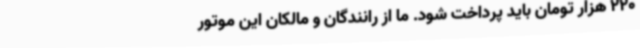
220 هزار تومان باید پرداخت شود. ما از رانندگان و مالکان این موتور